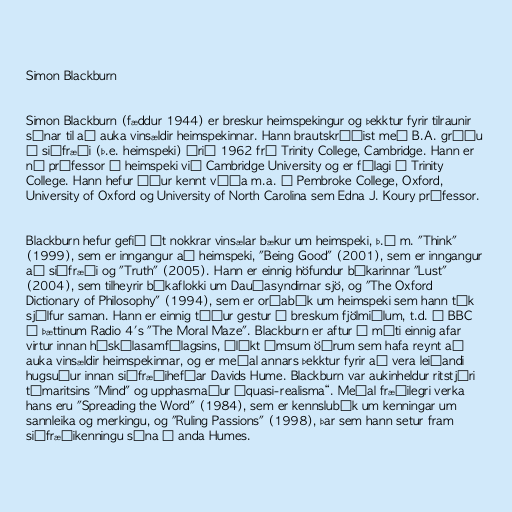
Simon Blackburn

Simon Blackburn (fæddur 1944) er breskur heimspekingur og þekktur fyrir tilraunir
sínar til að auka vinsældir heimspekinnar. Hann brautskráðist með B.A. gráðu
í siðfræði (þ.e. heimspeki) árið 1962 frá Trinity College, Cambridge. Hann er
nú prófessor í heimspeki við Cambridge University og er félagi á Trinity
College. Hann hefur áður kennt víða m.a. á Pembroke College, Oxford,
University of Oxford og University of North Carolina sem Edna J. Koury prófessor.

Blackburn hefur gefið út nokkrar vinsælar bækur um heimspeki, þ.á m. "Think"
(1999), sem er inngangur að heimspeki, "Being Good" (2001), sem er inngangur
að siðfræði og "Truth" (2005). Hann er einnig höfundur bókarinnar "Lust"
(2004), sem tilheyrir bókaflokki um Dauðasyndirnar sjö, og "The Oxford
Dictionary of Philosophy" (1994), sem er orðabók um heimspeki sem hann tók
sjálfur saman. Hann er einnig tíður gestur í breskum fjölmiðlum, t.d. á BBC
í þættinum Radio 4's "The Moral Maze". Blackburn er aftur á móti einnig afar
virtur innan háskólasamfélagsins, ólíkt ýmsum öðrum sem hafa reynt að
auka vinsældir heimspekinnar, og er meðal annars þekktur fyrir að vera leiðandi
hugsuður innan siðfræðihefðar Davids Hume. Blackburn var aukinheldur ritstjóri
tímaritsins "Mind" og upphasmaður „quasi-realisma“. Meðal fræðilegri verka
hans eru "Spreading the Word" (1984), sem er kennslubók um kenningar um
sannleika og merkingu, og "Ruling Passions" (1998), þar sem hann setur fram
siðfræðikenningu sína í anda Humes.